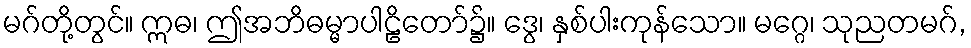
မဂ်တို့တွင်။ ဣဓ၊ ဤအဘိဓမ္မာပါဠိတော်၌။ ဒွေ၊ နှစ်ပါးကုန်သော။ မဂ္ဂေ၊ သုညတမဂ်,